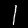
Label: 1